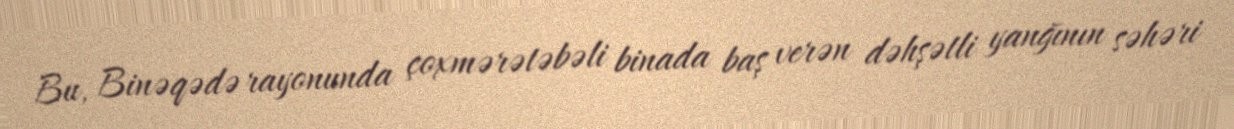
Bu, Binəqədə rayonunda çoxmərətəbəli binada baş verən dəhşətli yanğının səhəri